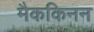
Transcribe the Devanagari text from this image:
मैककिनन